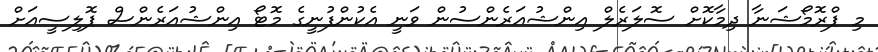
މި ޕްރޮމޯޝަނާ ދިމާކޮށް ސޮލަރެލް އިންޝުއަރެންސުން ވަނީ އެކުންފުނީގެ މޮޓޯ އިންޝުއަރެންސް ޕޮލިސީއަށް